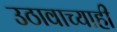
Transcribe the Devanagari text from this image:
उठावाच्याही